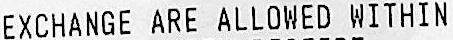
EXCHANGE ARE ALLOWED WITHIN